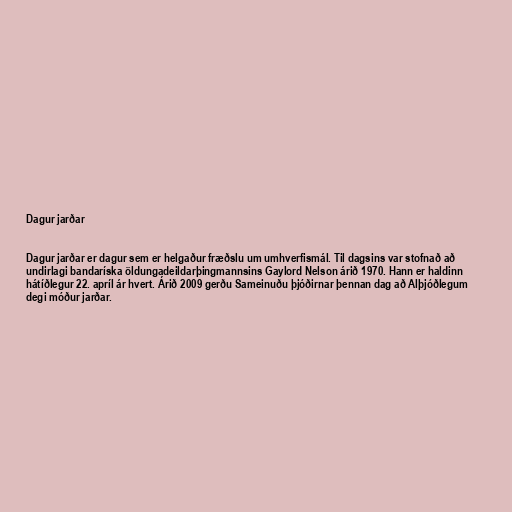
Dagur jarðar

Dagur jarðar er dagur sem er helgaður fræðslu um umhverfismál. Til dagsins var stofnað að
undirlagi bandaríska öldungadeildarþingmannsins Gaylord Nelson árið 1970. Hann er haldinn
hátíðlegur 22. apríl ár hvert. Árið 2009 gerðu Sameinuðu þjóðirnar þennan dag að Alþjóðlegum
degi móður jarðar.